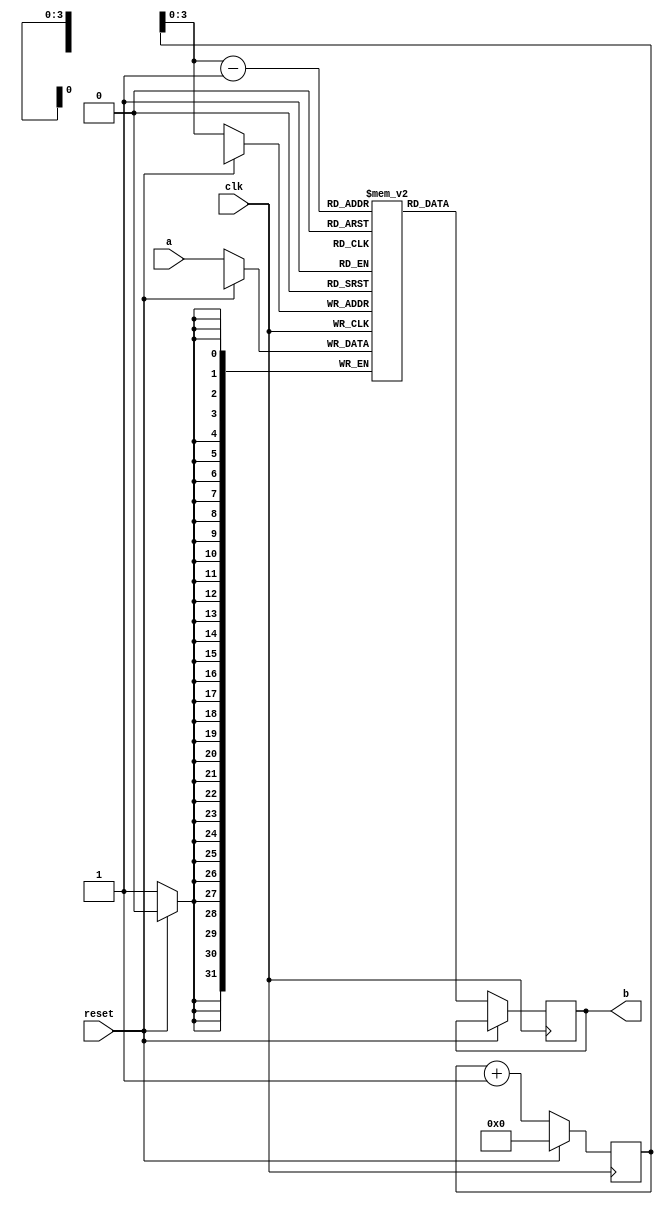

module inferred_ram (clk,a,b,reset);
	input reset;
	input clk;
	input [31:0] a;
	output [31:0] b;

	reg  [31:0] mregs [8:0];  
	reg [8:0] adr;

	reg [31:0] b;

always @ (posedge clk )
	if (!reset)
	begin
	mregs [adr] <= a;
	b <= mregs [adr-1];
	adr <= adr+1;
	end
	else
	adr <= 8'b00000000;

endmodule